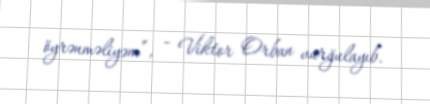
öyrənməliyəm”, - Viktor Orban vurğulayıb.